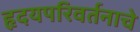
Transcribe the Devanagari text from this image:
हृदयपरिवर्तनाचे